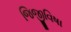
જિજીવિષા